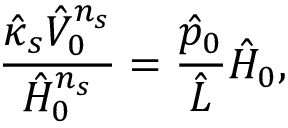
\frac { \hat { \kappa } _ { s } \hat { V } _ { 0 } ^ { n _ { s } } } { \hat { H } _ { 0 } ^ { n _ { s } } } = \frac { \hat { p } _ { 0 } } { \hat { L } } \hat { H } _ { 0 } ,